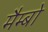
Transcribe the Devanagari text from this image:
मैम्बो